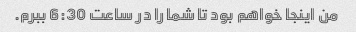
من اینجا خواهم بود تا شما را در ساعت 6:30 ببرم.